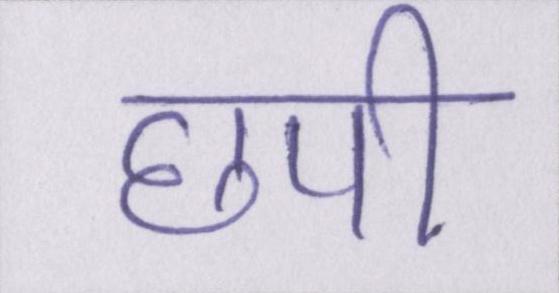
छपी